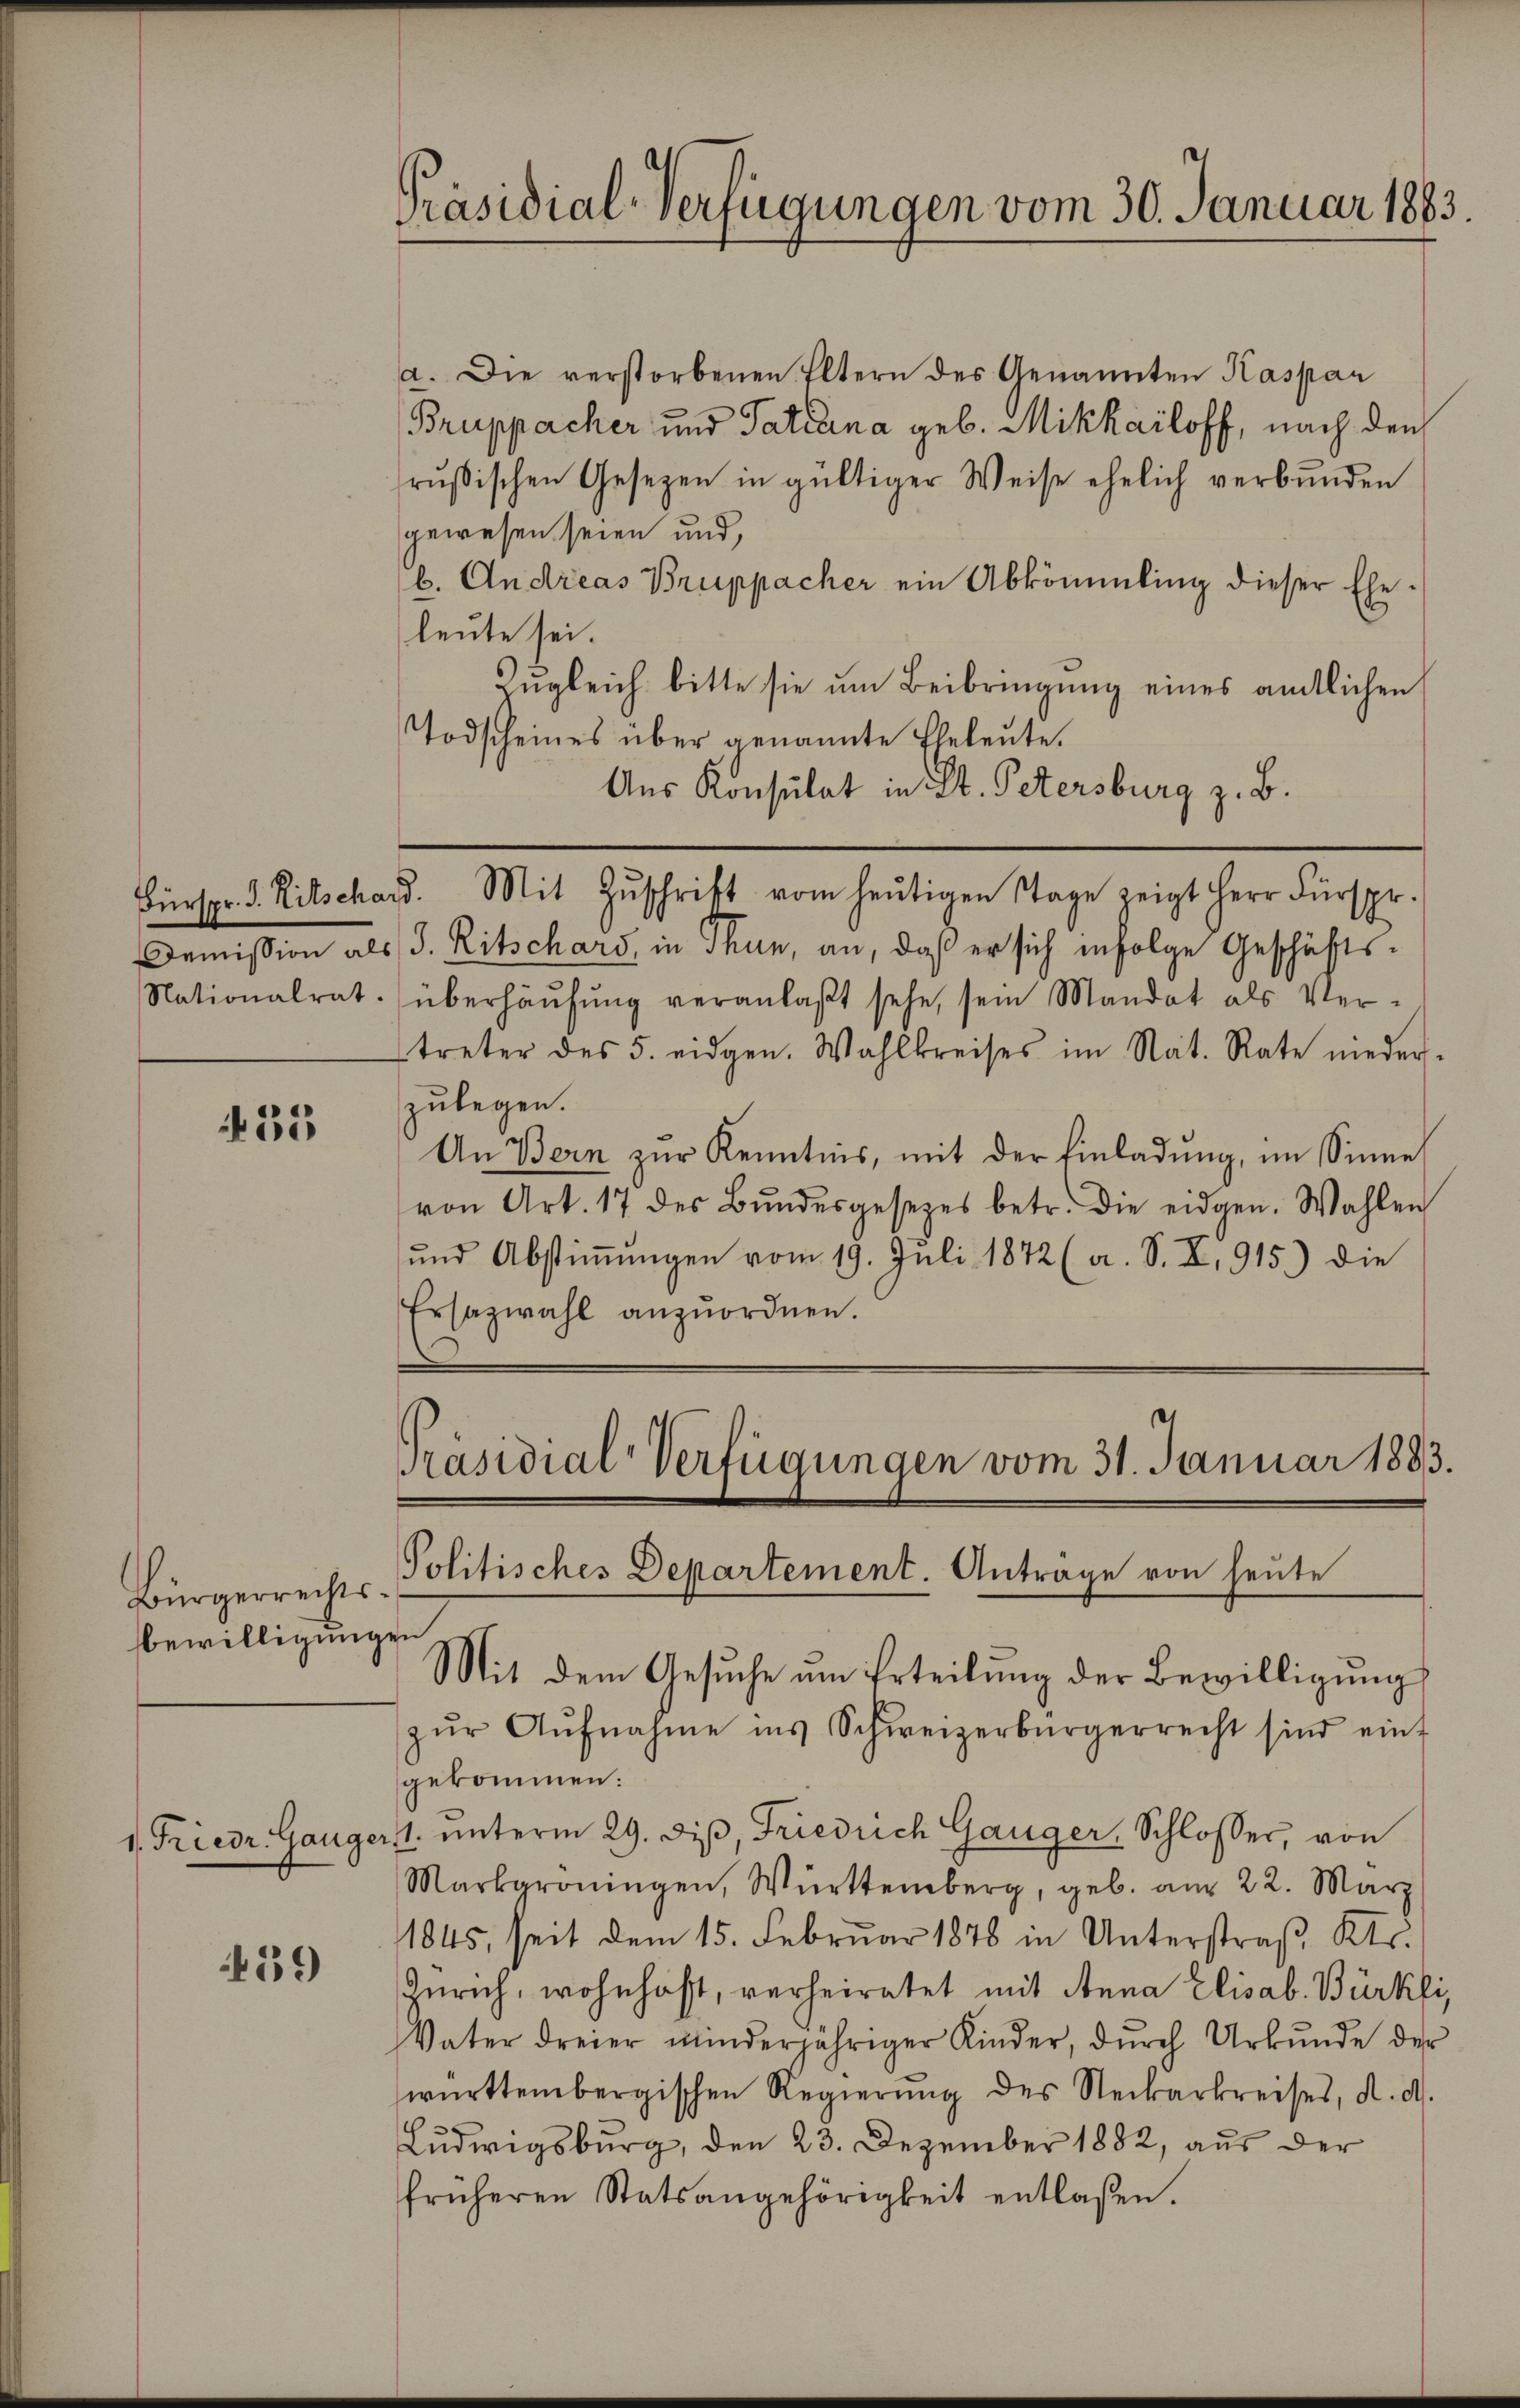
Demission als
Nationalrat.

35

Bürgerrechts.
bewilligung

1. Friedr. Ganger

459

Präsidial-Verfügungen vom 30. Januar 1883.

a. Die verstorbenen Eltern des Genannten Kaspar
Bruppacher und Tatiana geb. Mikkailoff, nach den
rŭsischen Gesezen in gültiger Weise ehelich verbunden
gewesen seien und,
b. Andreas Bruppacher ein Abkömmling dieser Ehe-
leute sei.
Zŭgleich bitte sie um Beibringung eines amtlichen
Todscheines über genannte Eheleute.
Aus Konsulat in St. Petersburg z. B.
Fürspr. d. Ritschard. Mit Zŭschrift vom heŭtigen Tage zeigt Herr Fürspr.
J. Ritschars, in Thun, an, daß er sich infolge Geschäftsüberhausung veranlaßt sehe, sein Mandat als Vertreter des 5. eidgen. Wahlkreises im Nat. Rate nieder-
zulegen.
An Bern zur Kenntnis, mit der Einladung, im Sinne
von Art. 17 des Bŭndesgesetzes betr. die eidgen. Wahlen
und Abstiṁŭngen vom 19. Juli 1872 (a. S. Z. 915.) die
Ersazwahl anzŭordnen.

Präsidial-Verfügungen vom 31. Januar 1883.
Politisches Departement. Antrage von heute
en
Mit dem Gesuche um Erteilung der Bewilligung

zŭr Aŭfnahme ins Schweizerbürgerrecht sind eint
gekommen:
1. ŭnterm 29. diβ, Friedrich Gauger, Schlosser, von
Marbaroningen, Württemberg, geb. am 22. März
1845, seit dem 15. Februar 1878 in Unterstraß, Kts.
Zürich, wohnhaft, verheiratet mit Anna Elisab. Bürkli,
Vater dreier minderjähriger Kinder, dŭrch Urkŭnde der
württembergischen Regierŭng des Neckarkreises, d. d.
Ludwigsburg, den 23. Dezember 1882, aus der
früheren Statsangehörigkeit entlaßen.